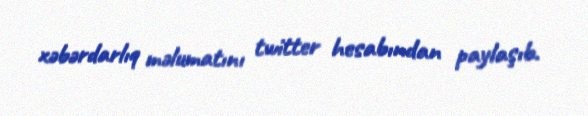
xəbərdarlıq məlumatını twitter hesabından paylaşıb.